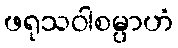
ဖရုသဝါစမ္ပာဟံ